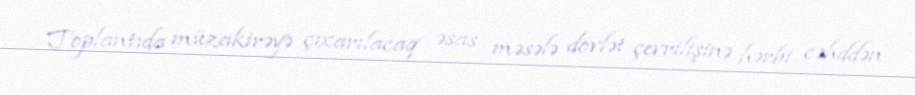
Toplantıda müzakirəyə çıxarılacaq əsas məsələ dövlət çevrilişinə hərbi cəhddən